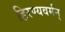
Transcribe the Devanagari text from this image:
हिरण्यवर्मन्